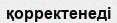
қорректенеді